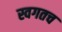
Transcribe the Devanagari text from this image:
स्वगतच